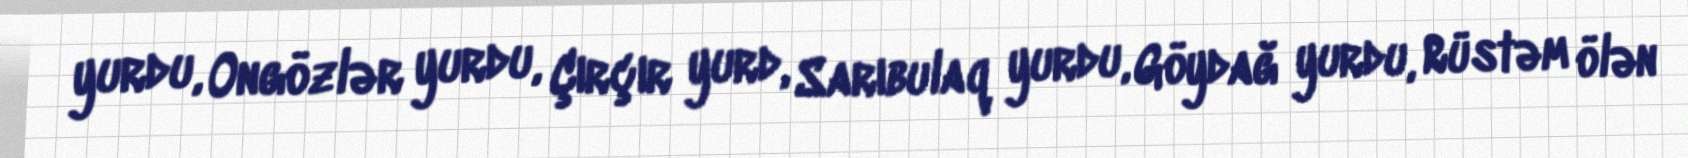
yurdu, Ongözlər yurdu, Çırçır yurd, Sarıbulaq yurdu, Göydağ yurdu, Rüstəm ölən